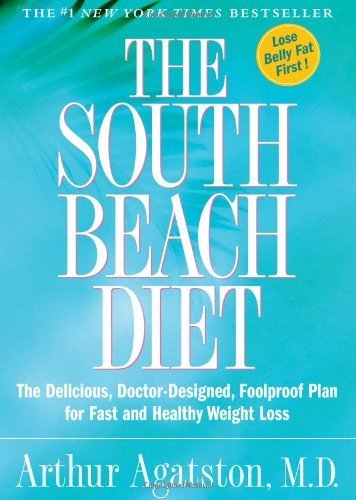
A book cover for The South Beach Diet: The Delicious, Doctor-Designed, Foolproof Plan for Fast and Healthy Weight Loss by Arthur Agatston (2003) Hardcover; Arthur Agatston; Health, Fitness & Dieting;